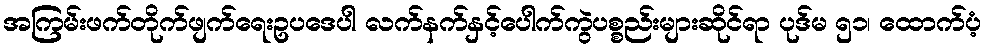
အကြမ်းဖက်တိုက်ဖျက်ရေးဥပဒေပါ လက်နက်နှင့်ပေါက်ကွဲပစ္စည်းများဆိုင်ရာ ပုဒ်မ ၅၁၊ ထောက်ပံ့